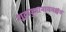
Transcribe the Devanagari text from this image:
शूद्राज्ज्ञानागमश्चैव